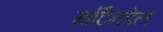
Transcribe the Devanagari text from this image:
मार्टिनडेल